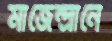
মাজেন্দ্রানে